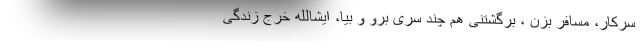
سرکار، مسافر بزن ، برگشتنی هم چند سری برو و بیا، ایشالله خرج زندگی